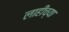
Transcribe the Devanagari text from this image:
लाहीच्या